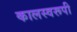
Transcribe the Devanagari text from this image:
कालस्वरूपी